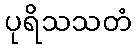
ပုရိသသတံ